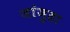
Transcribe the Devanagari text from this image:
जांजुहा